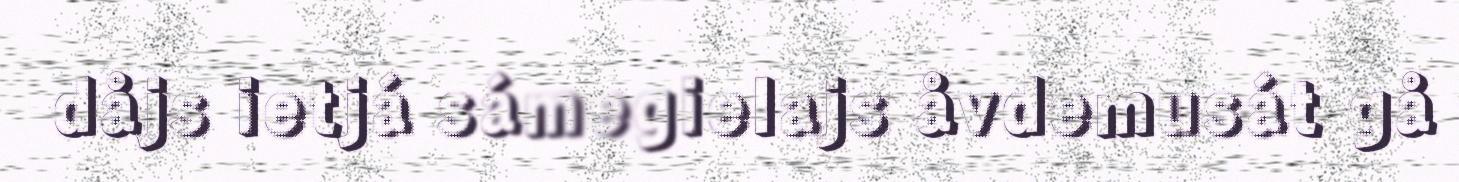
dåjs ietjá sámegielajs åvdemusát gå